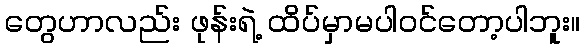
တွေဟာလည်း ဖုန်းရဲ့ ထိပ်မှာမပါဝင်တော့ပါဘူး။